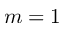
m = 1